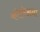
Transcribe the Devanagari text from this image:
कोरिअना